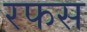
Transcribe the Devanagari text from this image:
रफस